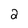
Character: 2